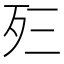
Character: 𰙼